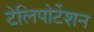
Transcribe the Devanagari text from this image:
टेलिपोर्टेशन